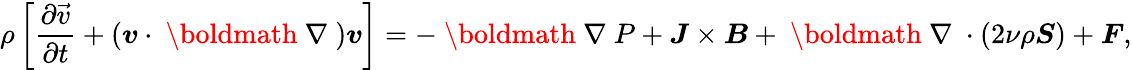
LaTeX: \rho\left[\frac{\partial\vec{v}}{\partial t}+(\boldsymbol{v}\cdot\mathrm{~\boldmath~\nabla~})\boldsymbol{v}\right]=-\mathrm{~\boldmath~\nabla~}P+\boldsymbol{J}\times\boldsymbol{B}+\mathrm{~\boldmath~\nabla~}\cdot(2\nu\rho\boldsymbol{S})+\boldsymbol{F},